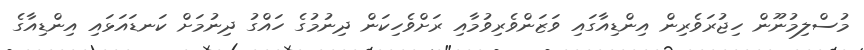
މުސްލިމުނޫން ހިޖުރަވެރިން އިންޑިއާގައި ވަޒަންވެރިވުމާއި ރަށްވެހިކަން ދިނުމުގެ ހައްގު ދިނުމަށް ކަނޑައަޅައި އިންޑިއާގެ